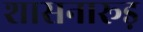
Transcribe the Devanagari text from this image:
शासनारूड़